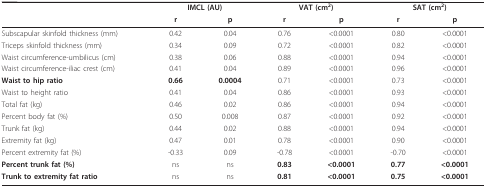
|  | <COLSPAN=2> IMCL (AU) | <COLSPAN=2> VAT (cm2) | <COLSPAN=2> SAT (cm2) |
 |  | r | p | r | p | r | p |
 | --- | --- | --- | --- | --- | --- | --- |
 | Subscapular skinfold thickness (mm) | 0.42 | 0.04 | 0.76 | < 0.0001 | 0.80 | < 0.0001 |
 | Triceps skinfold thickness (mm) | 0.34 | 0.09 | 0.72 | < 0.0001 | 0.82 | < 0.0001 |
 | Waist circumference-umbilicus (cm) | 0.38 | 0.06 | 0.88 | < 0.0001 | 0.94 | < 0.0001 |
 | Waist circumference-iliac crest (cm) | 0.41 | 0.04 | 0.89 | < 0.0001 | 0.96 | < 0.0001 |
 | Waist to hip ratio | 0.66 | 0.0004 | 0.71 | < 0.0001 | 0.73 | < 0.0001 |
 | Waist to height ratio | 0.41 | 0.04 | 0.86 | < 0.0001 | 0.93 | < 0.0001 |
 | Total fat (kg) | 0.46 | 0.02 | 0.86 | < 0.0001 | 0.94 | < 0.0001 |
 | Percent body fat (%) | 0.50 | 0.008 | 0.87 | < 0.0001 | 0.92 | < 0.0001 |
 | Trunk fat (kg) | 0.44 | 0.02 | 0.88 | < 0.0001 | 0.94 | < 0.0001 |
 | Extremity fat (kg) | 0.47 | 0.01 | 0.78 | < 0.0001 | 0.90 | < 0.0001 |
 | Percent extremity fat (%) | -0.33 | 0.09 | -0.78 | < 0.0001 | -0.70 | < 0.0001 |
 | Percent trunk fat (%) | ns | ns | 0.83 | < 0.0001 | 0.77 | < 0.0001 |
 | Trunk to extremity fat ratio | ns | ns | 0.81 | < 0.0001 | 0.75 | < 0.0001 |